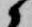
候